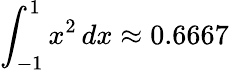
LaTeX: \int_{-1}^{1}x^{2}\, dx\approx 0.6667